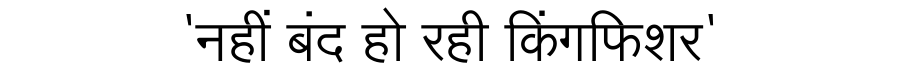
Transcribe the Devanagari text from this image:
'नहीं बंद हो रही किंगफिशर'